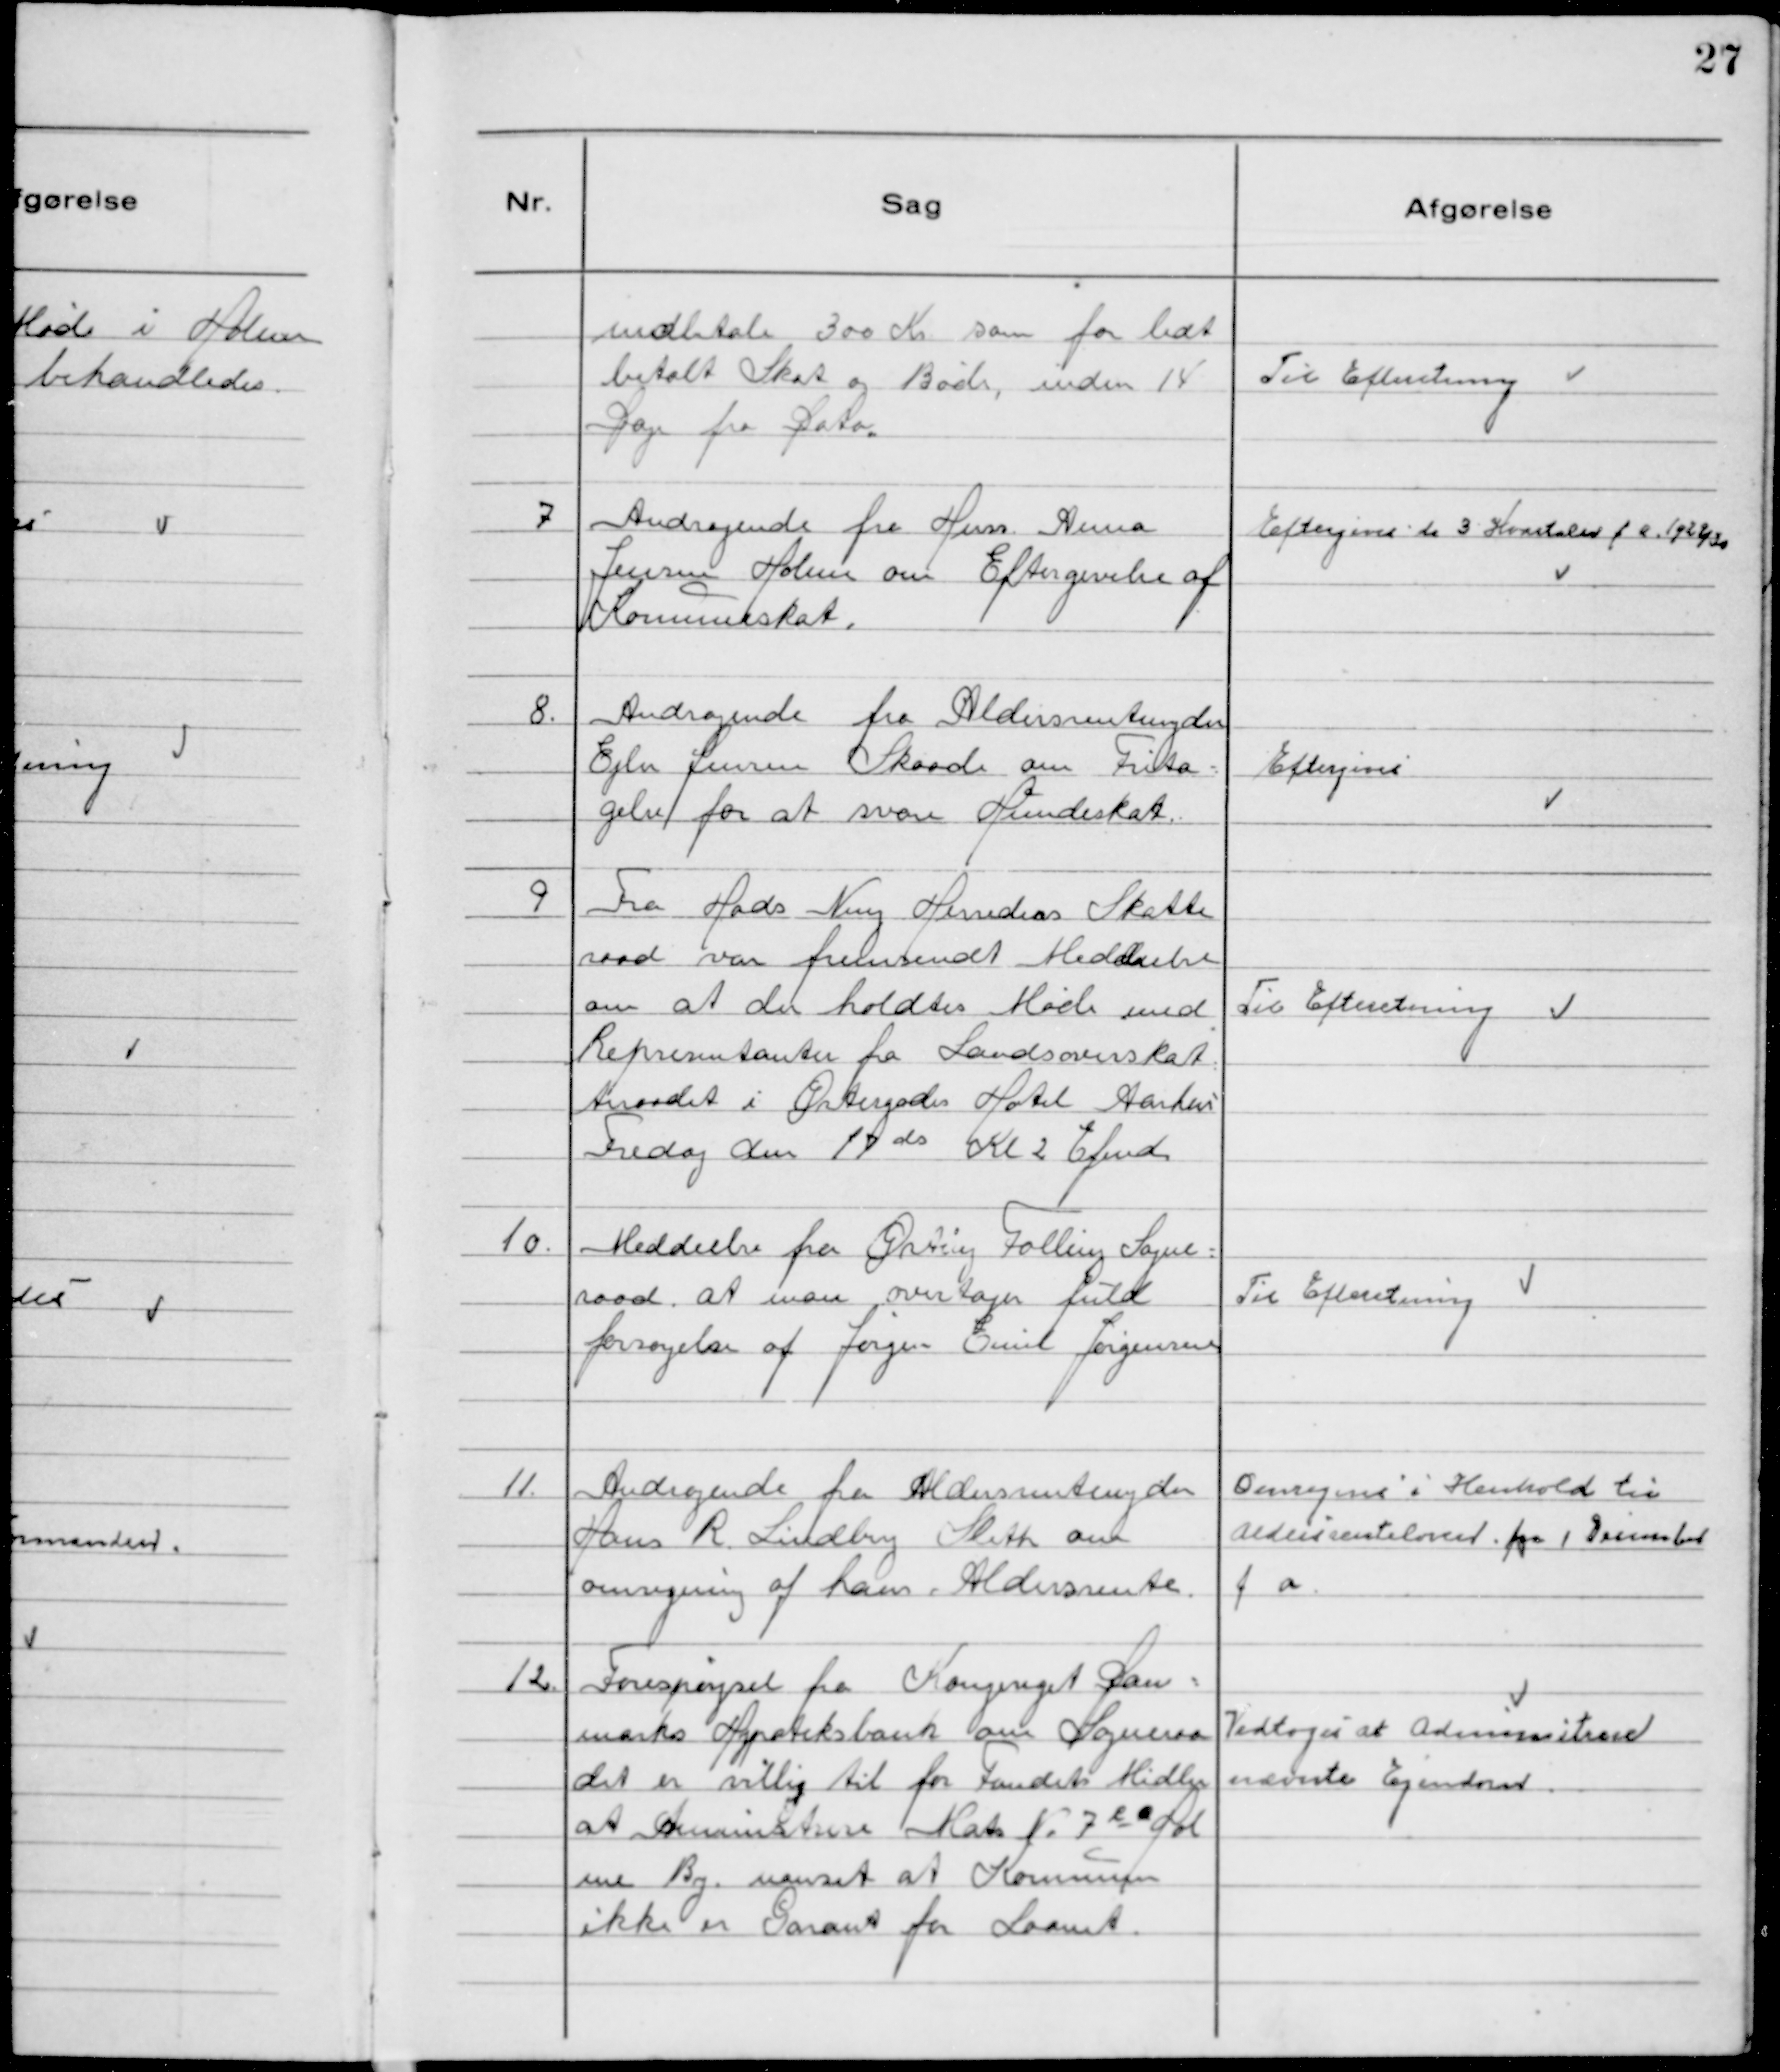
Transskription:
indbetale 300 Kr som for lidt
betalt Skat og Bøde, inden 14
Dage fra Dato.

Til Efterretning

7 Andragende fra Huss. Anna
Jensen Holme om Eftergivelse af
Kommuneskat.

Eftergives de 3 Kvartaler f a. 1929/30

8. Andragende fra Aldersrentenyder
Ejler Jensen Skaade om Frita-
gelse for at svare Hŭndeskat.

Eftergives

9 Fra Hads Ning Herreders Skatte
raad var fremsendt Meddeelse
om at der holdtes Møde med
Representanter fra Landsoverskat
teraadet i Østergades Hotel Aarhus
Fredag den 17 ds Kl 2 Efmd.

Til Efteretning

10. Meddeelse fra Ørting Falling Sogne-
raad at man overtager fūld
forsorgelse af Jørgen Emil Jørgensen

Til Efteretning

11. Andragende fra Aldersrentenyder
Hans R. Lindberg Sleth om
omregning af hans Aldersrente.

Omregnes i Henhold til
Aldersrenteloven fra 1 December
f a.

12. Forespørgsel fra Kongeriget Dan-
marks Apoteksbank om Sogneraa
det er villig til for Fondets Midler
at Administrere Matr. N° 7 e a Hol
me By. uanset at Kommŭnen
ikke er Garant for Laanet.

Vedtoges at Administrere
nævnte Ejendom.